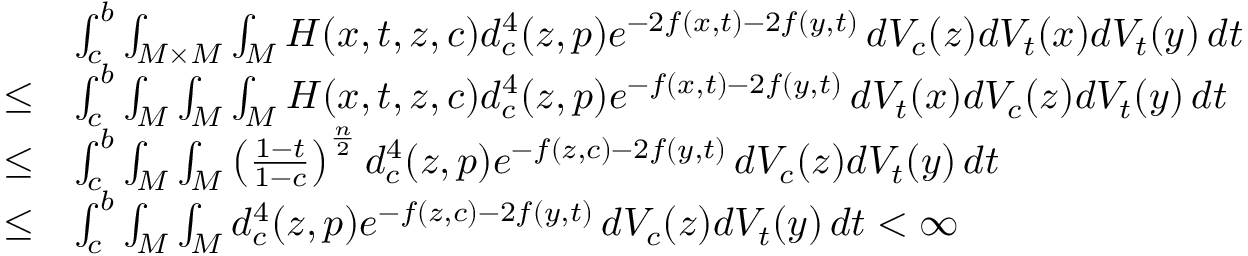
\begin{array} { r l } & { \int _ { c } ^ { b } \int _ { M \times M } \int _ { M } H ( x , t , z , c ) d _ { c } ^ { 4 } ( z , p ) e ^ { - 2 f ( x , t ) - 2 f ( y , t ) } \, d V _ { c } ( z ) d V _ { t } ( x ) d V _ { t } ( y ) \, d t } \\ { \le } & { \int _ { c } ^ { b } \int _ { M } \int _ { M } \int _ { M } H ( x , t , z , c ) d _ { c } ^ { 4 } ( z , p ) e ^ { - f ( x , t ) - 2 f ( y , t ) } \, d V _ { t } ( x ) d V _ { c } ( z ) d V _ { t } ( y ) \, d t } \\ { \le } & { \int _ { c } ^ { b } \int _ { M } \int _ { M } \left( \frac { 1 - t } { 1 - c } \right) ^ { \frac n 2 } d _ { c } ^ { 4 } ( z , p ) e ^ { - f ( z , c ) - 2 f ( y , t ) } \, d V _ { c } ( z ) d V _ { t } ( y ) \, d t } \\ { \le } & { \int _ { c } ^ { b } \int _ { M } \int _ { M } d _ { c } ^ { 4 } ( z , p ) e ^ { - f ( z , c ) - 2 f ( y , t ) } \, d V _ { c } ( z ) d V _ { t } ( y ) \, d t < \infty } \end{array}